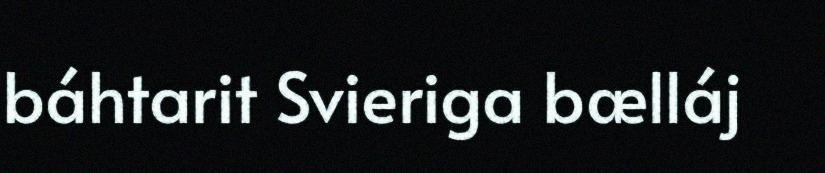
báhtarit Svieriga bælláj